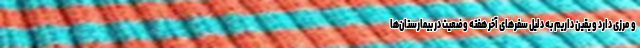
و مرزی دارد و یقین داریم به دلیل سفرهای آخر هفته وضعیت در بیمارستان‌ها